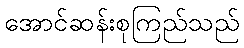
အောင်ဆန်းစုကြည်သည်